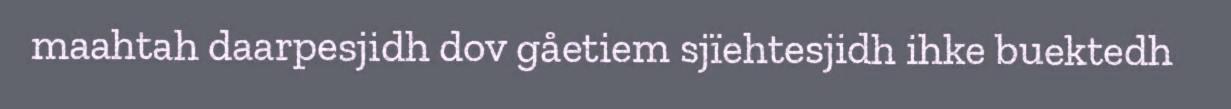
maahtah daarpesjidh dov gåetiem sjïehtesjidh ihke buektedh